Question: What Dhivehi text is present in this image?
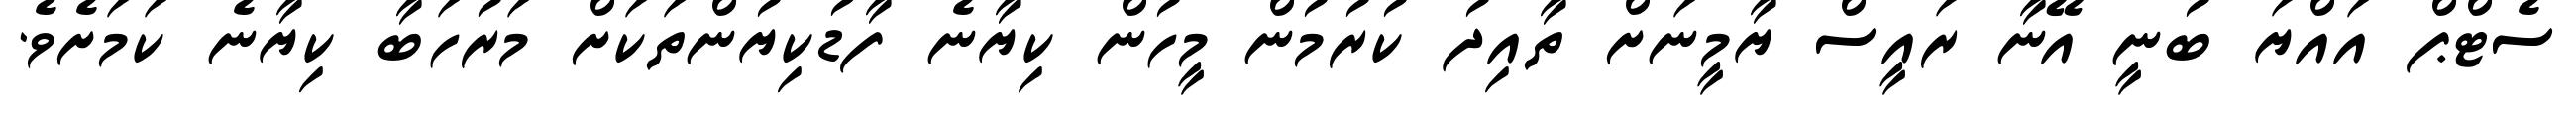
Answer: ސެޓްޕް އައްޔަ ބުނީ އޭނާ ރައީސް ޔާމީނަށް ތާއިދު ކުރުމުން މީހުން ކިޔާނެ ފާޑުކިޔުންތަކަށް މަރުހަބާ ކިޔާނެ ކަމަށެވެ.